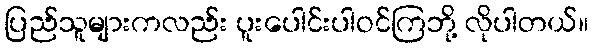
ပြည်သူများကလည်း ပူးပေါင်းပါဝင်ကြဘို့ လိုပါတယ်။